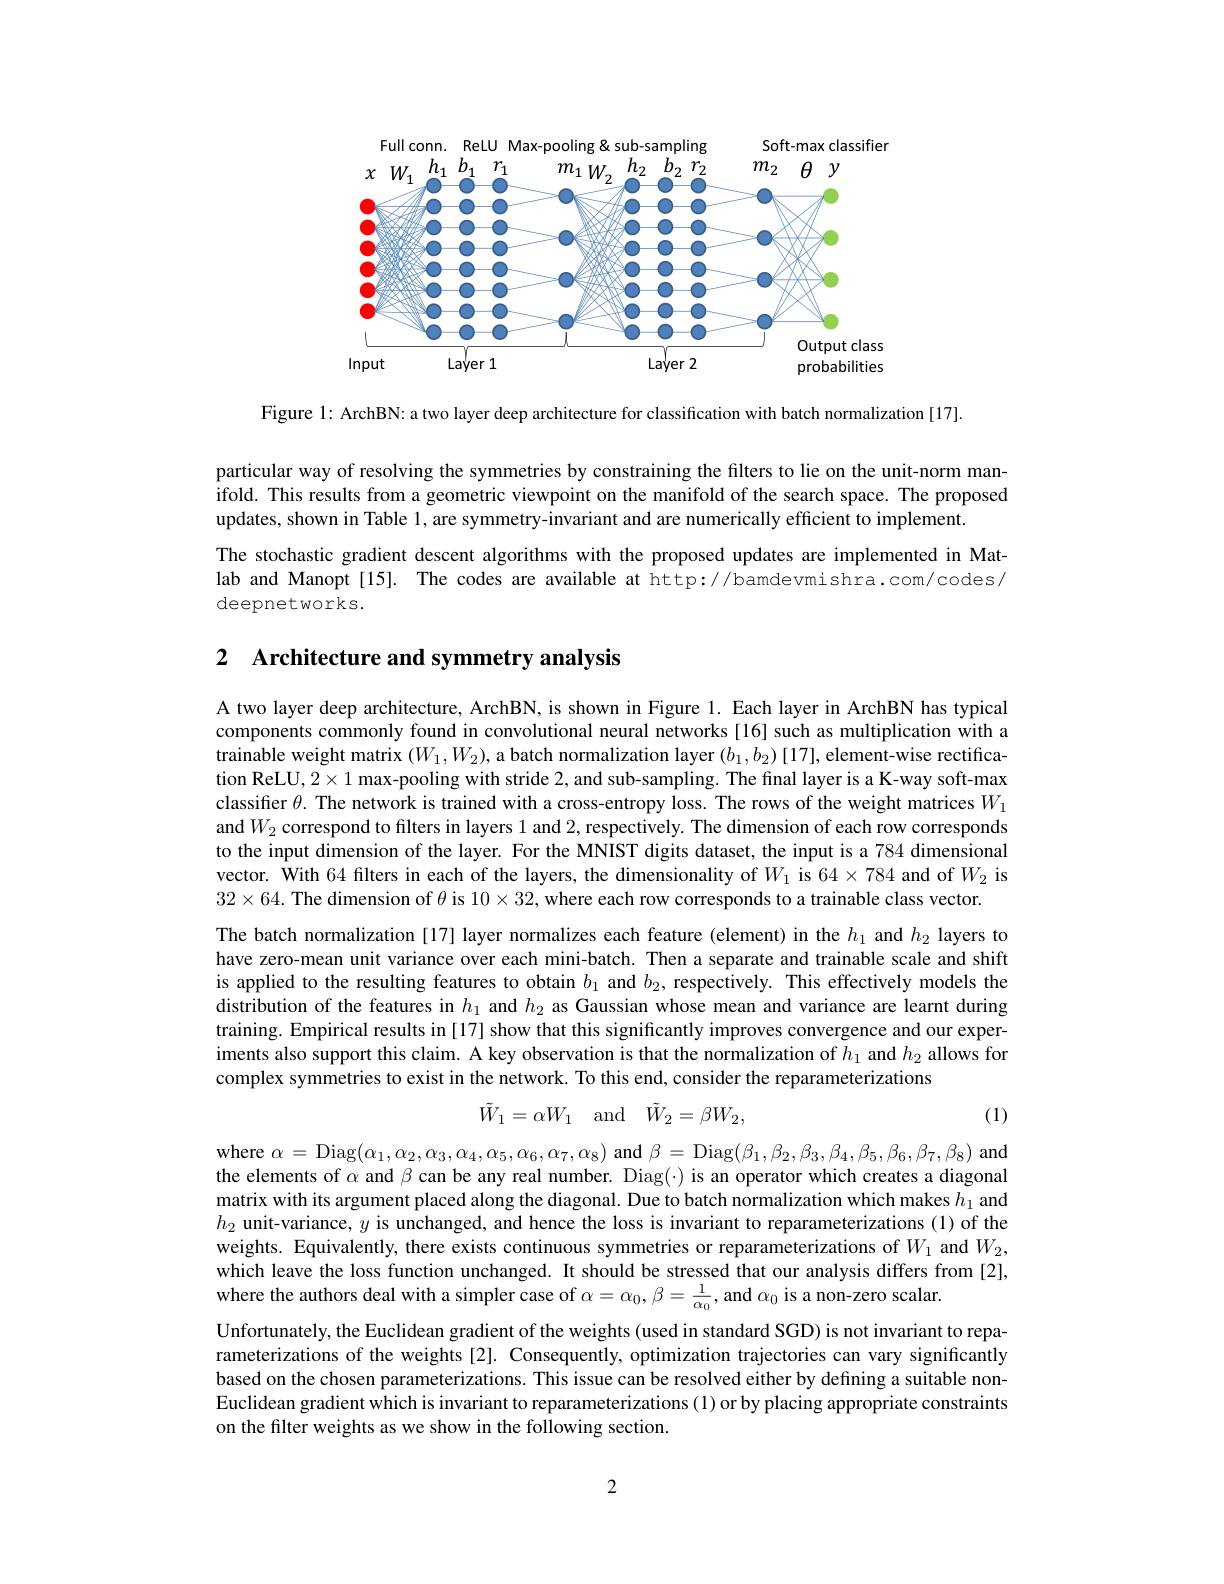
<FigureHere>

Figure 1: ArchBN: a two layer deep architecture for classification with batch normalization [17].

particular way of resolving the symmetries by constraining the filters to lie on the unit-norm manifold. This results from a geometric viewpoint on the manifold of the search space. The proposed updates, shown in Table 1, are symmetry-invariant and are numerically efficient to implement.
The stochastic gradient descent algorithms with the proposed updates are implemented in Matlab and Manopt[15]. The codes are available at http://bamdevmishra.com/codes/ deepnetworks.

2 $\textbf{Architecture and symmetry analysis}$

A two layer deep architecture, ArchBN, is shown in Figure 1. Each layer in ArchBN has typical components commonly found in convolutional neural networks[16] such as multiplication with a trainable weight matrix $(W_1,W_2)$, a batch normalization layer $(b_1,b_2)[17]$, element-wise rectification ReLU, $2\times1$ max-pooling with stride 2, and sub-sampling. The fınal layer is a K-way soft-max classifier $\theta.$ The network is trained with a cross-entropy loss. The rows of the weight matrices $W_{1}$ and$W_2$ correspond to filters in layers 1 and 2, respectively. The dimension of each row corresponds to the input dimension of the layer. For the MNIST digits dataset, the input is a 784 dimensional vector. With 64 filters in each of the layers, the dimensionality of $W_1$ is 64×784 and of $W_{2}$ is $32\times64.$ The dimension of $\theta$ is $10\times32$,where each row corresponds to a trainable class vector.
The batch normalization [17] layer normalizes each feature (element) in the $h_{1}$ and $h_{2}$ layers to have zero-mean unit variance over each mini-batch. Then a separate and trainable scale and shift is applied to the resulting features to obtain $b_1$ and $b_2$, respectively. This effectively models the distribution of the features in $h_1$ and $h_2$ as Gaussian whose mean and variance are learnt during training. Empirical results in[17] show that this significantly improves convergence and our experiments also support this claim. A key observation is that the normalization of $h_1$ and $h_2$ allows for complex symmetries to exist in the network. To this end, consider the reparameterizations
$$\tilde{W}_1=\alpha W_1\quad\mathrm{and}\quad\tilde{W}_2=\beta W_2,$$
(1)

where $\alpha=$ Diag$(\alpha_1,\alpha_{2},\alpha_{3},\alpha_{4},\alpha_{5},\alpha_{6},\alpha_{7},\alpha_{8})$ and $\beta=$ Diag$(\beta_1,\beta_{2},\beta_{3},\beta_{4},\beta_{5},\beta_{6},\beta_{7},\beta_{8})$ and the elements of $\alpha$ and $\beta$ can be any real number. Diag(·) is an operator which creates a diagonal matrix with its argument placed along the diagonal. Due to batch normalization which makes $h_1$ and $h_{2}$ unit-variance, $y$ is unchanged, and hence the loss is invariant to reparameterizations(1) of the weights. Equivalently, there exists continuous symmetries or reparameterizations of $W_1$ and $W_2$, which leave the loss function unchanged. It should be stressed that our analysis differs from [2], where the authors deal with a simpler case of $\alpha=\alpha_0,\beta=\frac1{\alpha_0}$, and $\alpha_0$ is a non-zero scalar.
Unfortunately, the Euclidean gradient of the weights (used in standard SGD) is not invariant to reparameterizations of the weights[2]. Consequently, optimization trajectories can vary significantly based on the chosen parameterizations. This issue can be resolved either by defining a suitable nonEuclidean gradient which is invariant to reparameterizations (1) or by placing appropriate constraints on the filter weights as we show in the following section.

2